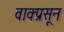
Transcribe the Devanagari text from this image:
वाक्प्रसून